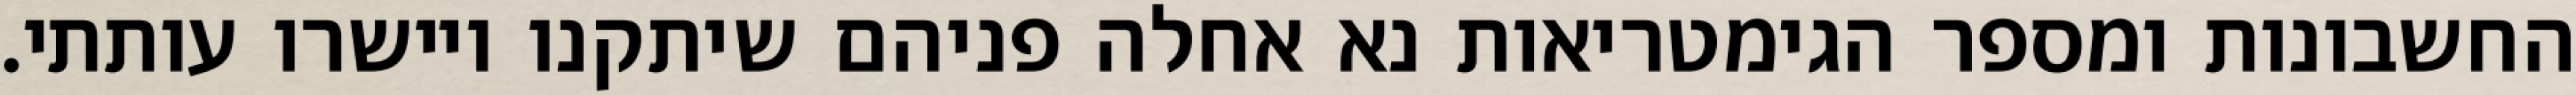
החשבונות ומספר הגימטריאות נא אחלה פניהם שיתקנו ויישרו עותתי.